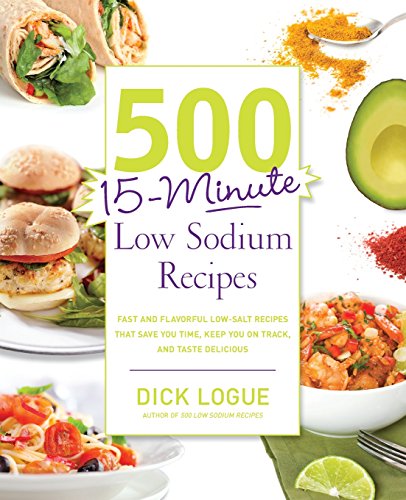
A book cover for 500 15-Minute Low Sodium Recipes: Fast and Flavorful Low-Salt Recipes that Save You Time, Keep You on Track, and Taste Delicious; Dick Logue; Cookbooks, Food & Wine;